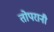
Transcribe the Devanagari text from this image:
तोपरानी